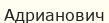
Адрианович